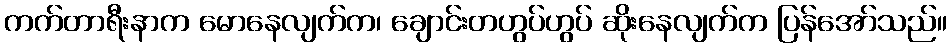
ကက်တာရီးနာက မောနေလျက်က၊ ချောင်းတဟွပ်ဟွပ် ဆိုးနေလျက်က ပြန်အော်သည်။